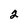
Character: 2